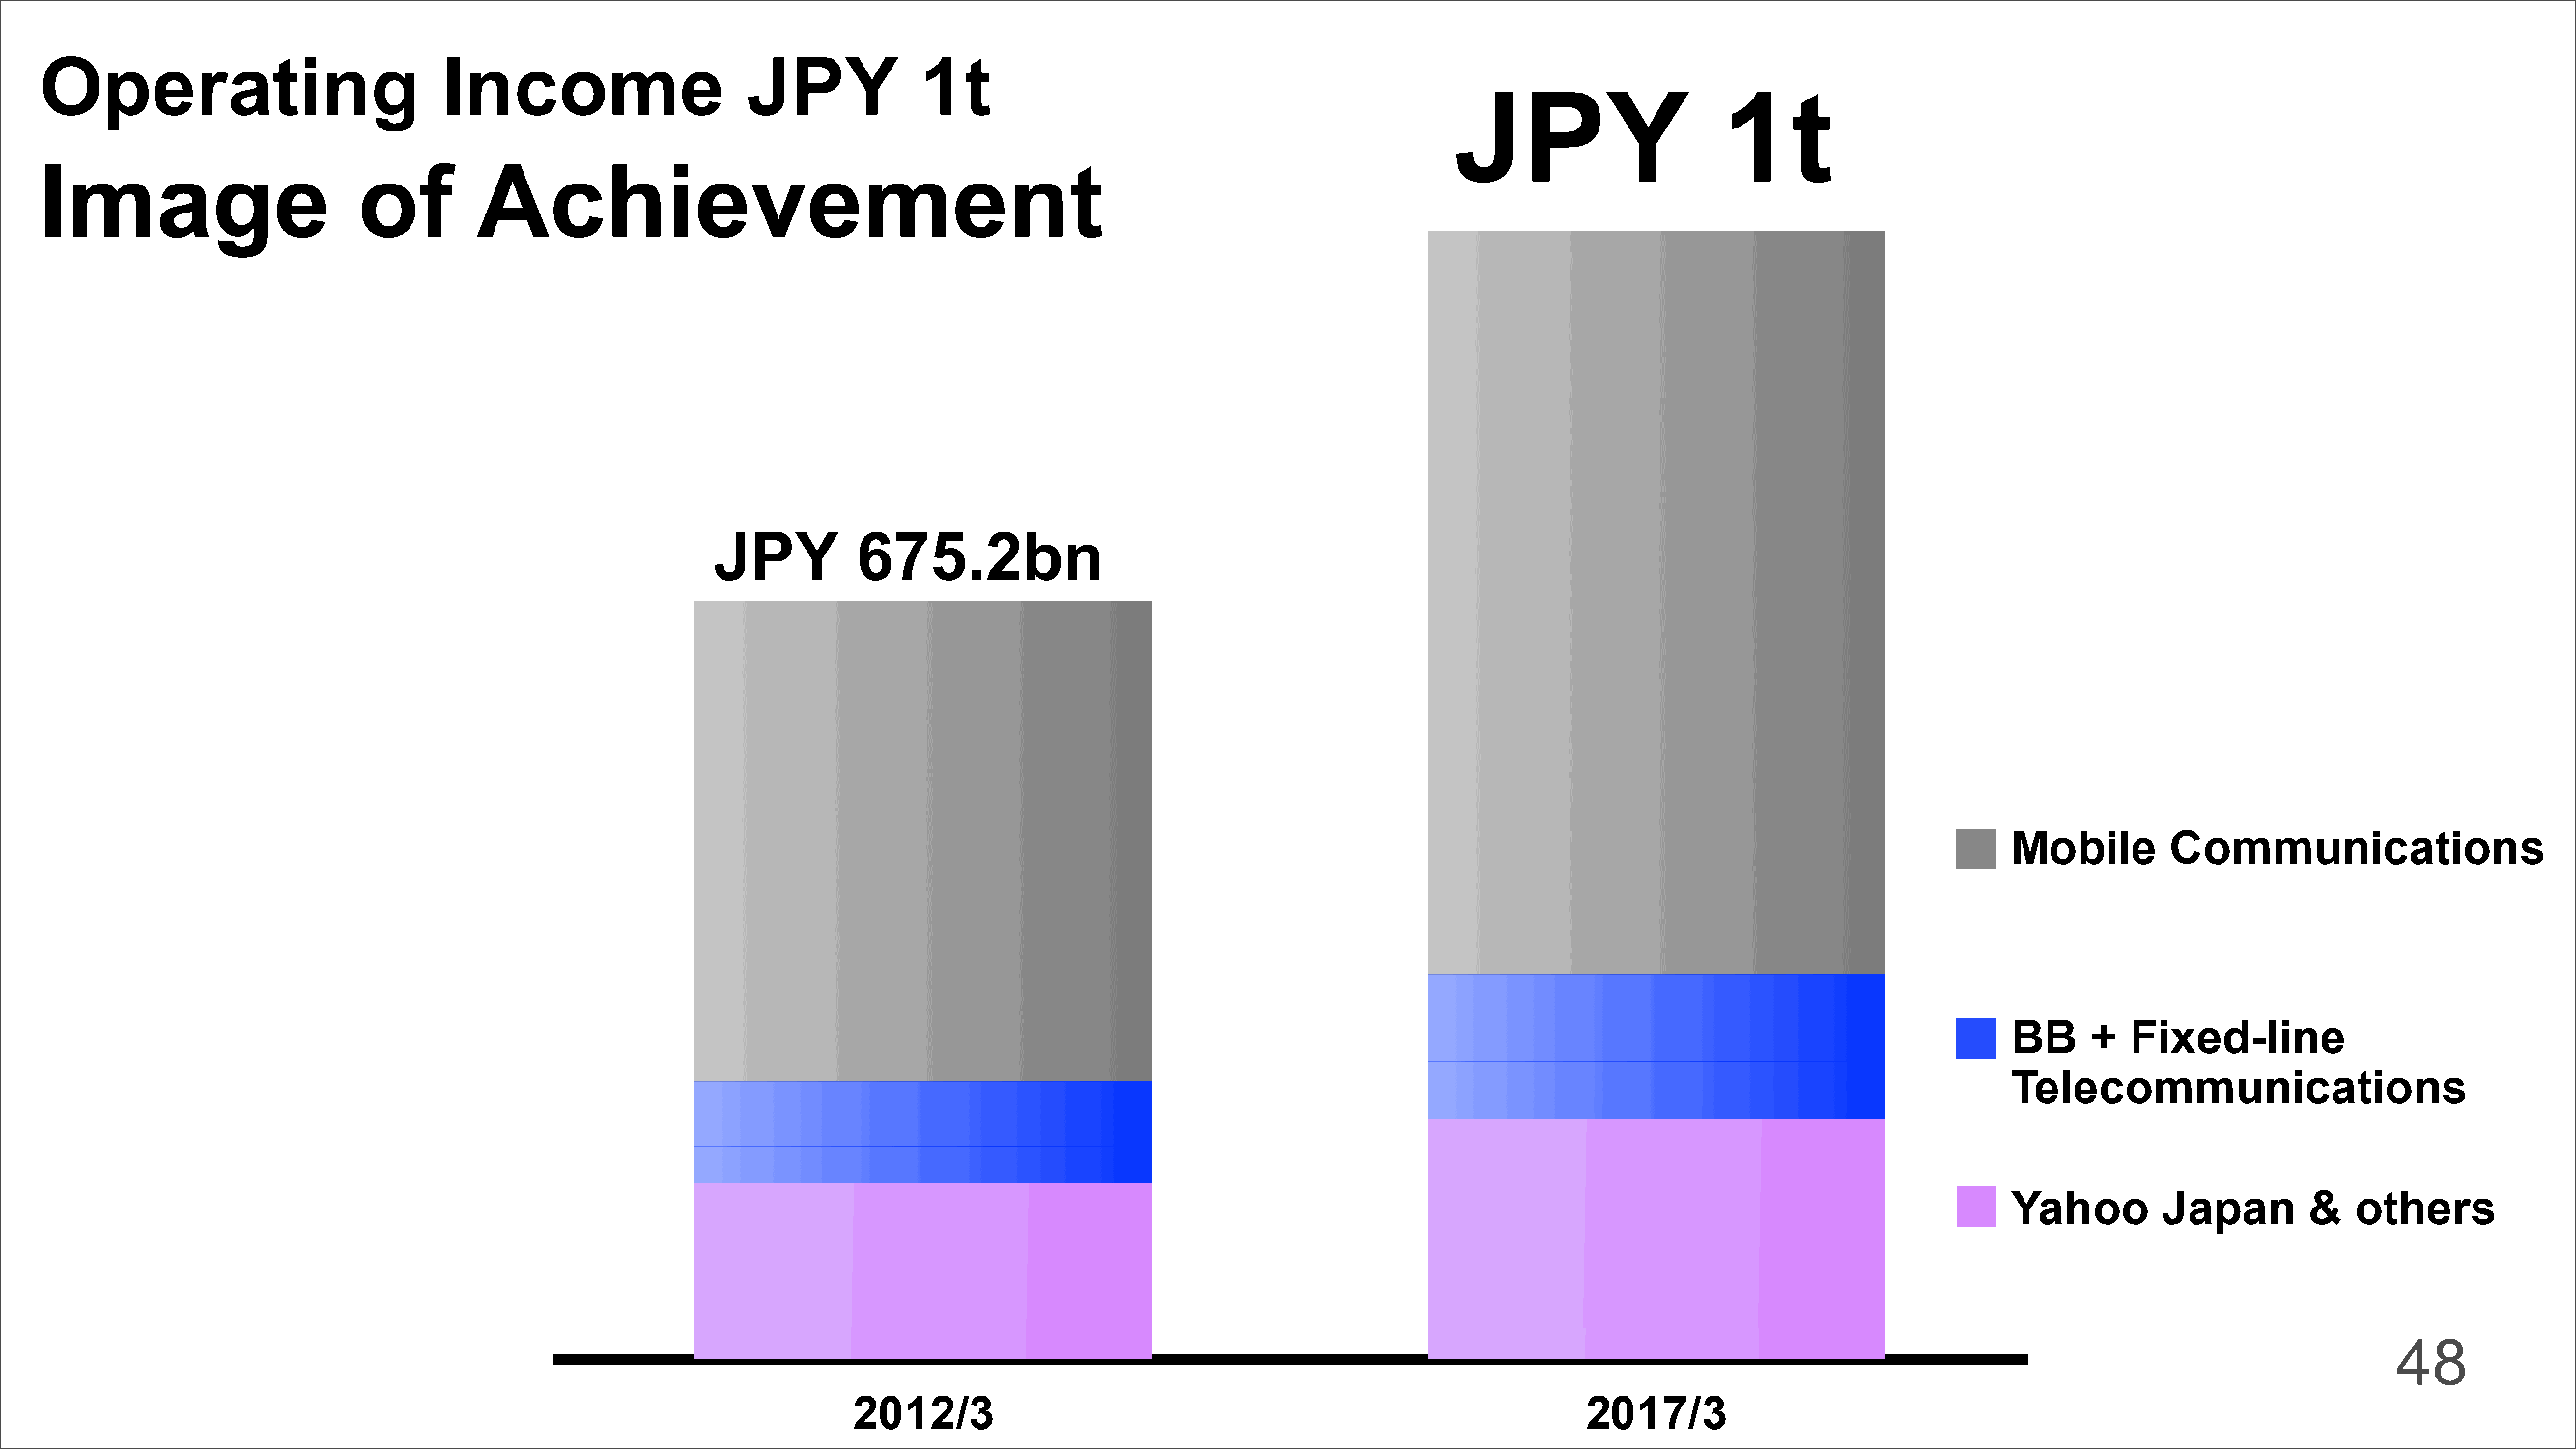
Operating                  Income               JPY         1t
 JPY               1t
 Image                 of      Achievement
 JPY       675.2bn
 Mobile     Communications
 BB   +  Fixed-line
 Telecommunications
 Yahoo     Japan     &  others
 48
 2012/3                                             2017/3